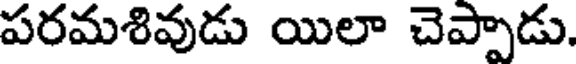
పరమశివుడు యిలా చెప్పాడు.